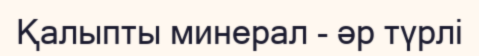
Қалыпты минерал - әр түрлі